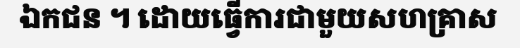
ឯកជន ។ ដោយធ្វើការជាមួយសហគ្រាស